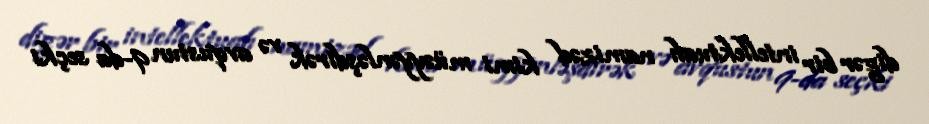
digər bir intellektualı namizəd kimi müəyyənləşdirək və avqustun 9-da seçki